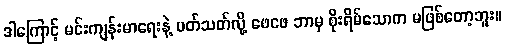
ဒါကြောင့် မင်းကျန်းမာရေးနဲ့ ပတ်သတ်လို့ ဖေဖေ ဘာမှ စိုးရိမ်သောက မဖြစ်တော့ဘူး။